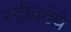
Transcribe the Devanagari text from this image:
स्टीवर्टथे